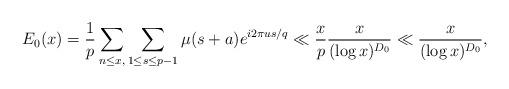
LaTeX: \begin{align*} E_0(x)=\frac{1}{p}\sum_{ n \leq x,} \sum_{1 \leq s\leq p-1}\mu(s+a)e^{i2\pi u s/q}\ll\frac{x}{p}\frac{x}{(\log x)^{D_0}}\ll\frac{x}{(\log x)^{D_0}},\end{align*}